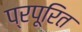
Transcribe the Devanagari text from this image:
प्रपूरित